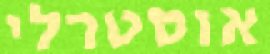
אוסטרלי